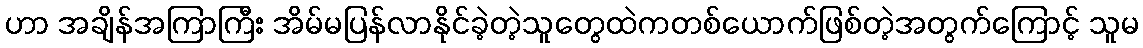
ဟာ အချိန်အကြာကြီး အိမ်မပြန်လာနိုင်ခဲ့တဲ့သူတွေထဲကတစ်ယောက်ဖြစ်တဲ့အတွက်ကြောင့် သူမ